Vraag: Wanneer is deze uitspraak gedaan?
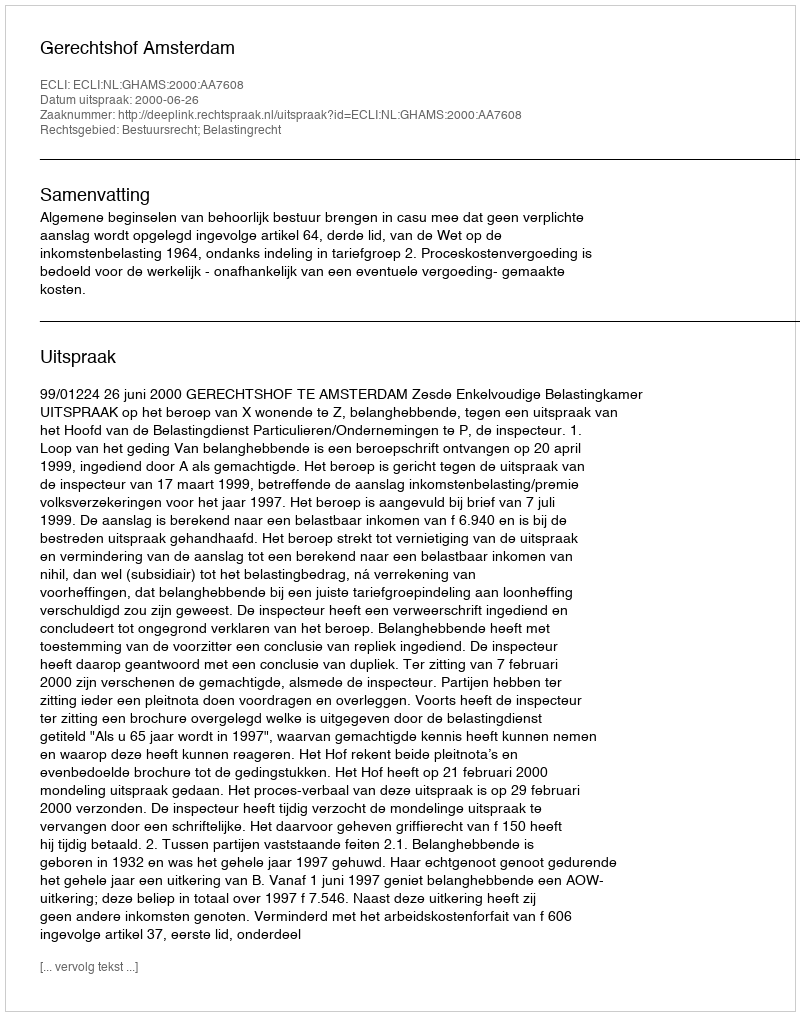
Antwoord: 2000-06-26